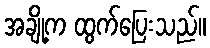
အချို့က ထွက်ပြေးသည်။